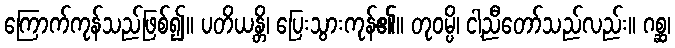
ကြောက်ကုန်သည်ဖြစ်၍။ ပတိယန္တိ၊ ပြေးသွားကုန်၏။ တုဝမ္ပိ၊ ငါ့ညီတော်သည်လည်း။ ဂစ္ဆ၊